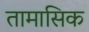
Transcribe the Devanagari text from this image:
तामासिक